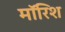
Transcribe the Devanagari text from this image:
मॉरिश